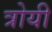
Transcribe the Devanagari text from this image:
त्रोयी